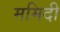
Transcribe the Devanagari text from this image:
ममिदी